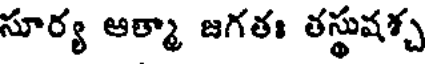
సూర్య ఆత్మా జగతః తస్థుషశ్చ